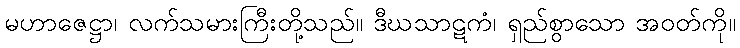
မဟာဇေဋ္ဌာ၊ လက်သမားကြီးတို့သည်။ ဒီဃသာဋကံ၊ ရှည်စွာသော အဝတ်ကို။